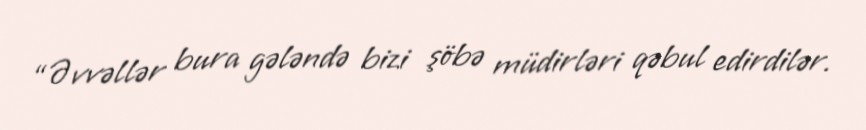
“Əvvəllər bura gələndə bizi şöbə müdirləri qəbul edirdilər.